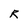
Character: R